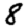
Digit: 8